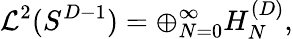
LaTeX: {\cal L}^{2}(S^{D-1})=\oplus_{N=0}^{\infty}H_{N}^{(D)},